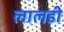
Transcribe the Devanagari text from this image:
लालडी